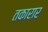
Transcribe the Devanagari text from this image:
तकारार